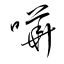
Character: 嘩